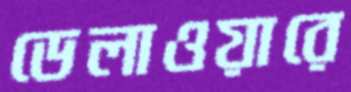
ডেলাওয়ারে